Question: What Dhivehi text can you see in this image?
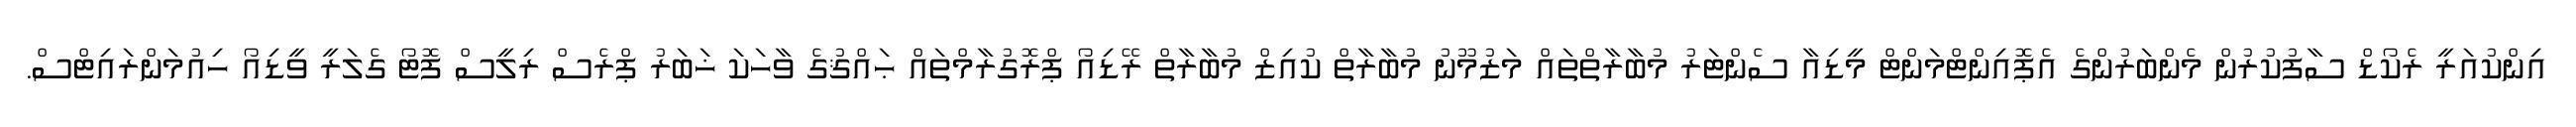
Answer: އިންކުއަރީ ރެކޯޑް ސާފުކުރުން މެންބަރުންގެ އެޕޮއިންޓްމަންޓް މީޑިއާ ސެންޓަރު މުބާރާތްތައް މަޒުމޫނު މުބާރާތް ކުއިޒް މުބާރާތް ރޭޑިއޯ ޕްރޮގުރާމްތައް ޙައްޤުގެ ވާހަކަ ޚަބަރު ޕްރެސް ރިލީސް ފޮޓޯ ގެލަރީ ވީޑިއޯ ހިއުމަންރައިޓްސް.